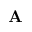
\mathbf A